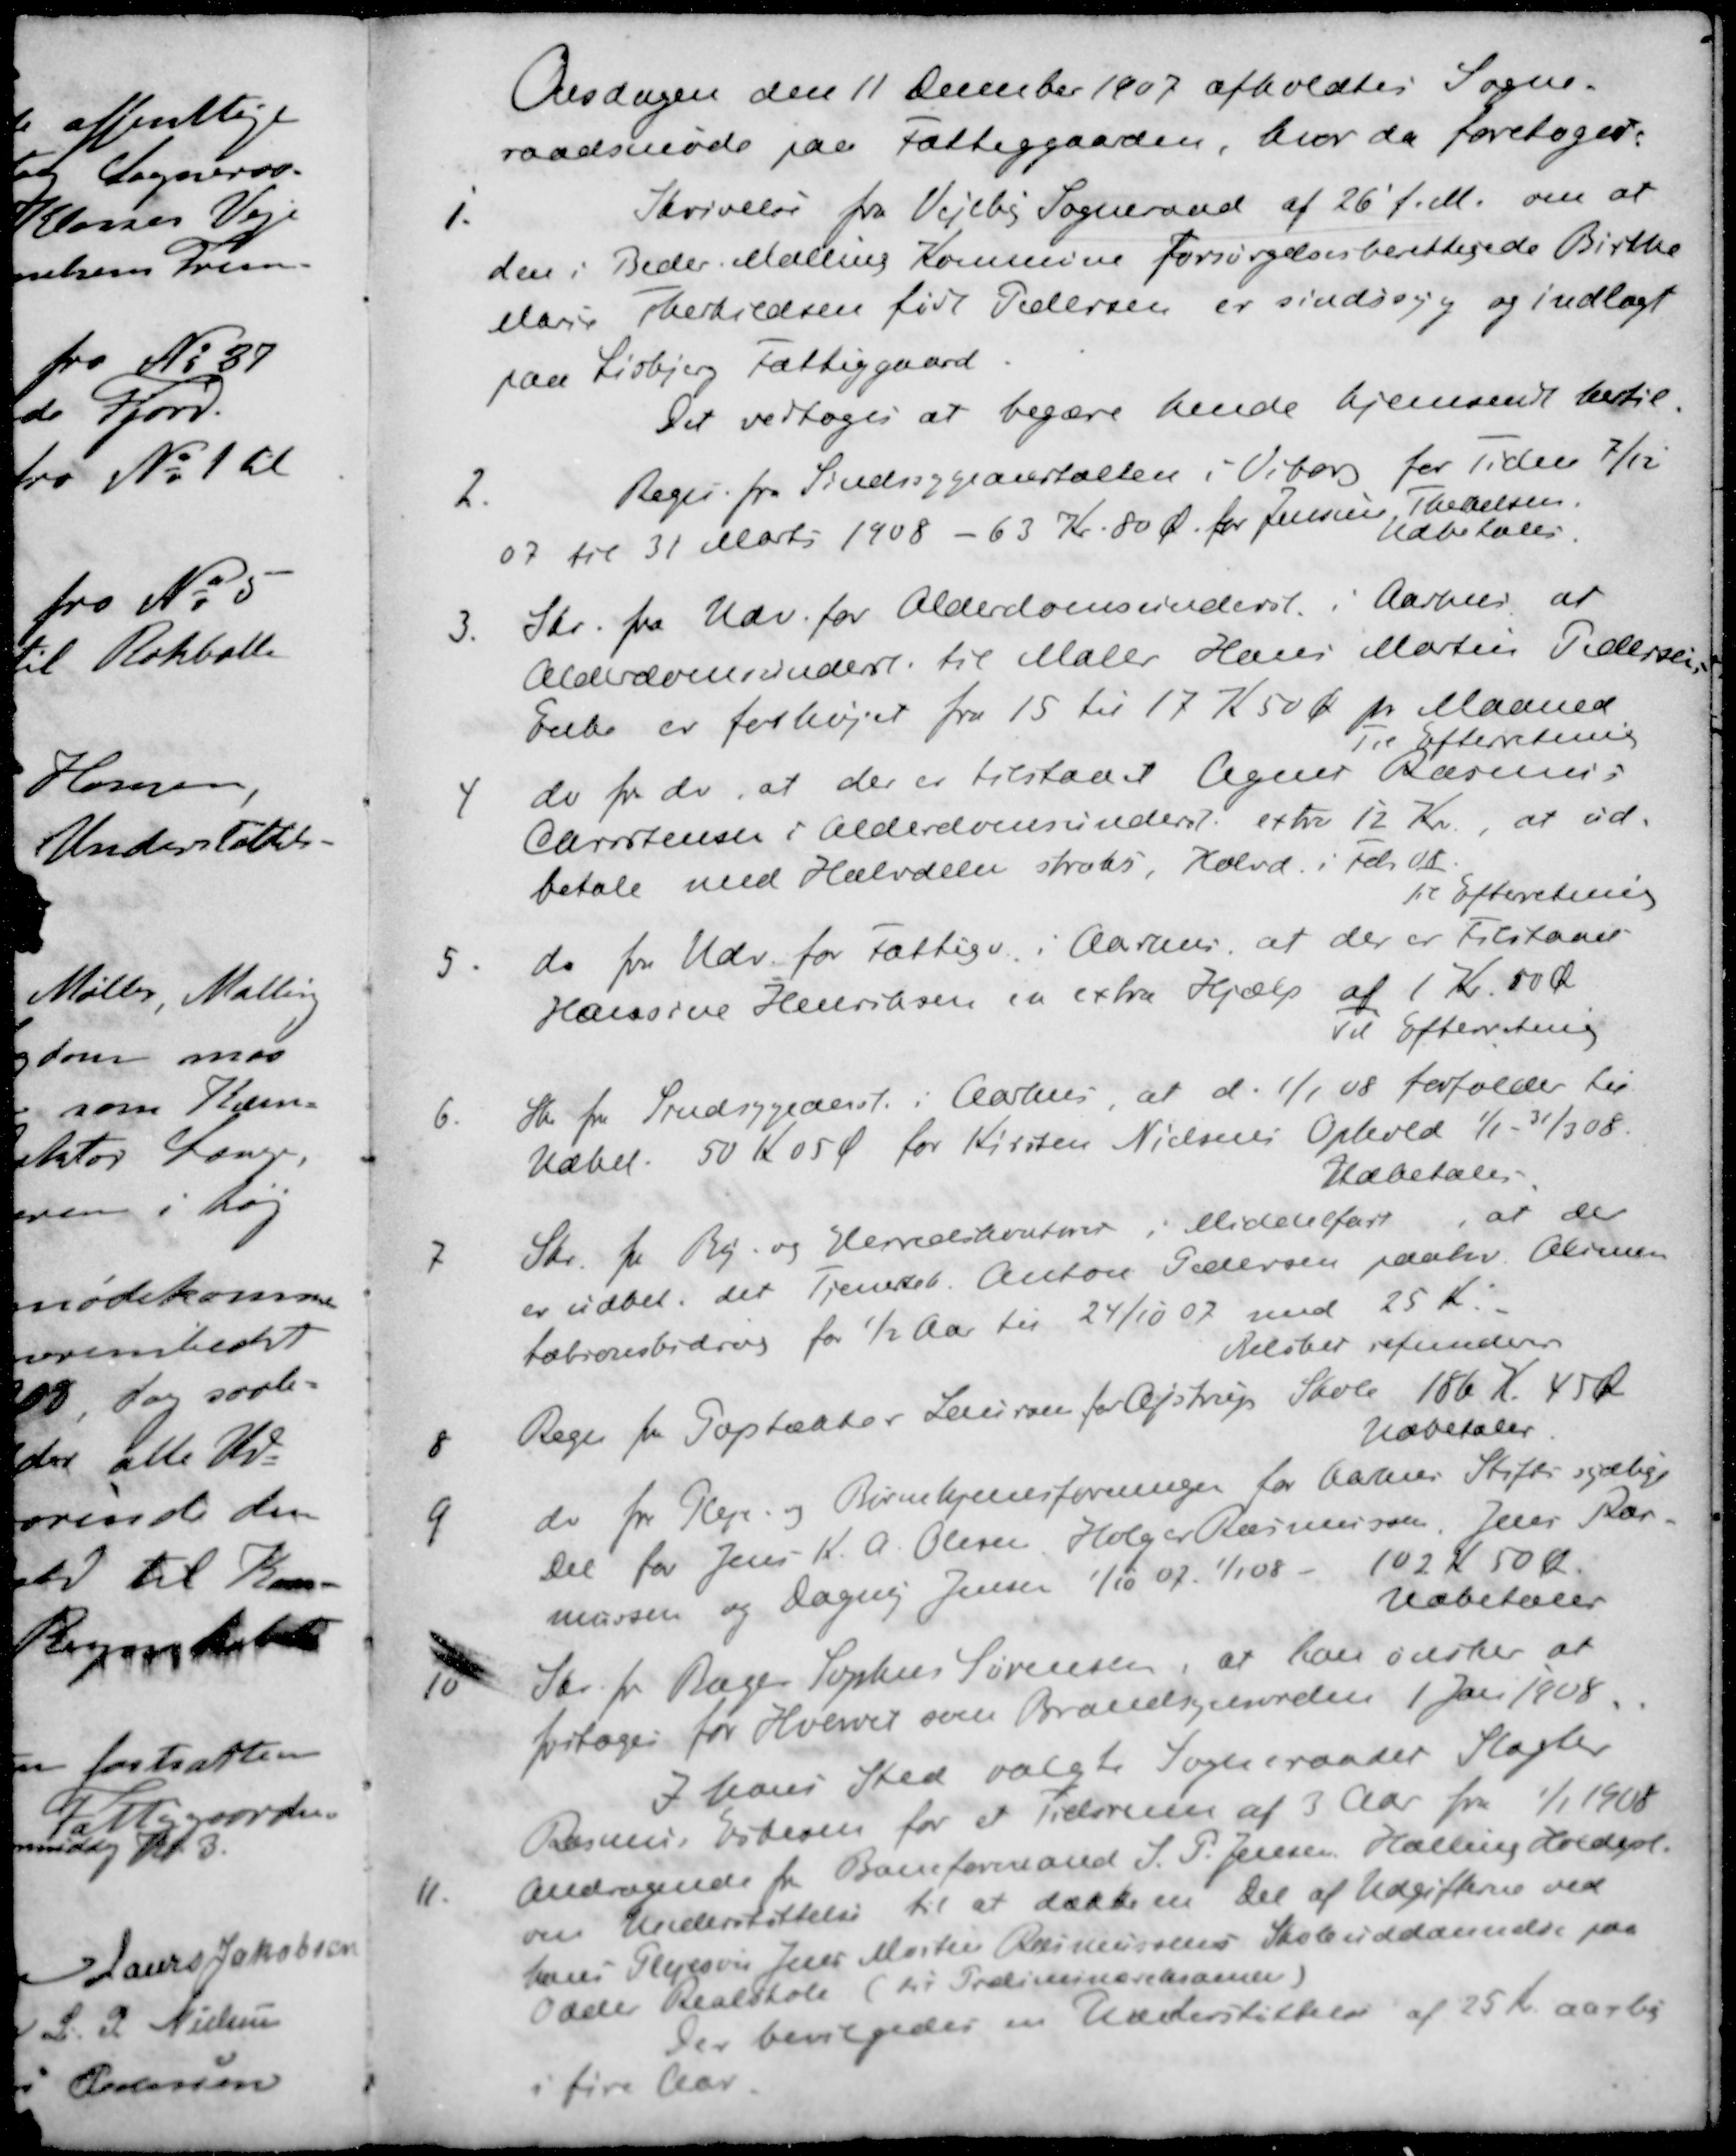
Transskription:
Onsdagen den 11 December 1907 afholdtes Sogne-
raadsmøde paa Fattiggaarden, hvor da foretoges.
1. Skrivelse fra Vejlby Sogneraad af 26' f.M. om at
den i Beder Malling Kommune forsørgelsesberettigede Birthe
Marie Therkildsen født Pedersen er sindssyg og indlagt
paa Lisbjerg Fattiggaard.
Det vedtoges at begære hende hjemsendt hertil
2. Regn fra Sindssygeanstalten i Viborg for Tiden 7/12
07 til 31 Marts 1908 - 63 Kr. 80 Ø for Jensine, Theekelsen.
Udbetales.
3 Skr. fra Udv. for Alderdomsunderst. i Aarhus, at
Alderdomsunders til Maler Hans Morten Pedersens
Enke er forhøjet fra 15 til 17 K 50 Ø pr. Maaned
Til Efterretning
4. do fra do, at der er tilstaaet Agner Rasmus
Christensen 1 Alderdomsunderst extra 12 Kr. at ud-
betale med Halvdelen straks, Halvd. i Febr. 08
Til Efterretning
5. do fra Udv. for Fattigv. i Aarhus, at der er tilstaaet
Hansine Henriksen en extra Hjælp af 1 Kr. 00 Ø
Til Efterretning
6. Skr fra Sindsygeanst. i Aarhus at d. 1/1 08 forfalder til
Udbet. 50 K 05 Ø for Kirsten Nielsens Ophold 1/1 - 31/3 08.
Udbetales
7. Skr. fra By og Herredskontoret i Middelfart ,at der
er udbet. det Tyendet Anton Pedersen paahv. Allimen-
tationsbidrag for ½ Aar til 24/10 07 med 25 Kr.
Beløbet refunderes
8. Regn fra Paptækter Laursen for Ajstrup Skole 186 K 45 Ø
Udbetales
do fra Pleje- og Børnehjemsforeningen for Aarhus Stifts sydlige
Del for Jens K. A. Olesen, Holger Rasmussen, Peter Ras-
mussen og Dagny Jensen 1/10 07 - 1/1 08 - 102 K 50 Ø.
Udbetales
10. Skr. fra Bager Sophus Sørensen, at han ønsker at
fritages for Hvervet som Brandsynssvend 1 Jan 1928.
I hans Sted valgte Sogneraadet Slagter
Rasmus Eskesen for et Tidsrum af 3 Aar fra 1/1 1908
11 Andragende fra Baneformand S. P. Jensen, Halling Holdgrd
om Understøttelse til at dække en Del af Udgifterne ved
hans Plejesøn Jens Morten Rasmussens Skoleuddannelse paa
Odder Realskole (til Præliminæreksamen)
Der bevilgedes en Understøttelse af 25 Kr. aarlig
i fire Aar.